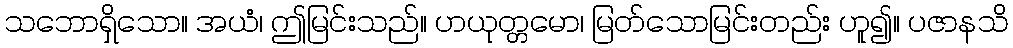
သဘောရှိသော။ အယံ၊ ဤမြင်းသည်။ ဟယုတ္တမော၊ မြတ်သောမြင်းတည်း ဟူ၍။ ပဇာနသိ